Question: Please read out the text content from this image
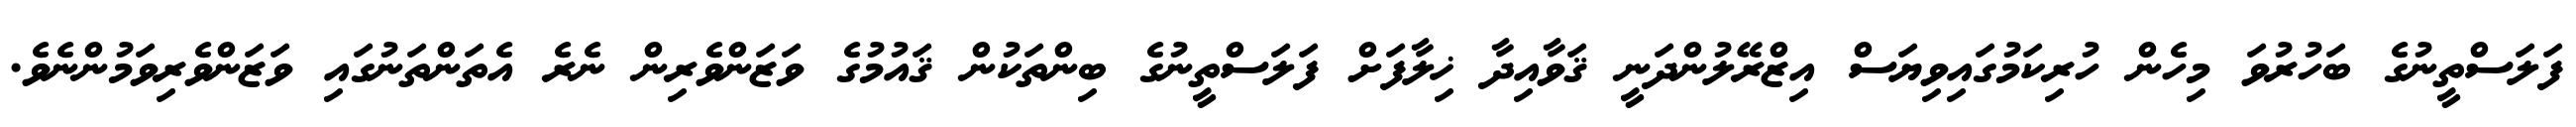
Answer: ފަލަސްތީނުގެ ބަހުރުވަ މިހެން ހުރިކަމުގައިވިޔަސް އިޒްރޭލުންދަނީ ޤަވާއިދާ ޚިލާފަށް ފަލަސްތީނުގެ ބިންތަކުން ޤައުމުގެ ވަޒަންވެރިން ނެރެ އެތަންތަނުގައި ވަޒަންވެރިވަމުންނެވެ.